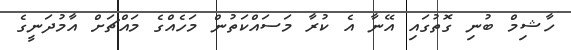
ހާޝިމް ބުނި ގޮތުގައި އޭނާ އެ ކުރާ މަސައްކަތުން މަހެއްގެ މައްޗަށް އާމުދަނީގެ